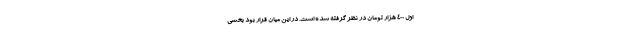
اول ۴۰۰ هزار تومان در نظر گرفته شده است. در این میان قرار بود بخشی